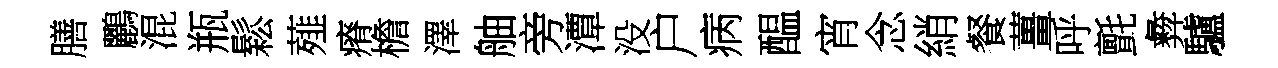
膳鸝混瓶鬆薤瘠檐澤舳旁潭没户病醖宵念綃餐薑呼氈彜驢